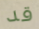
قد